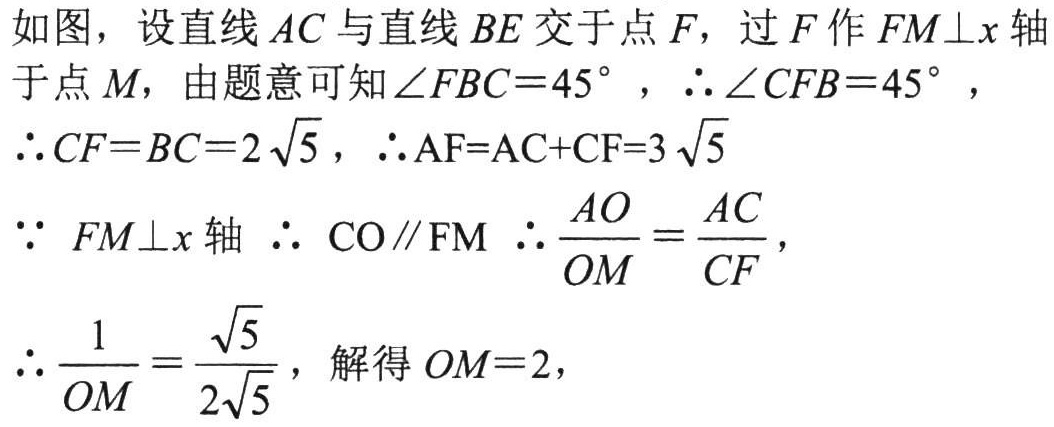
如图，设直线$AC$与直线$BE$交于点$F$，过$F$作$FM\perp x$轴于点$M$，由题意可知$\angle FBC = 45^{\circ}$，$\therefore\angle CFB = 45^{\circ}$，
$\therefore CF = BC = 2\sqrt{5}$，$\therefore AF = AC + CF = 3\sqrt{5}$
$\because\ FM\perp x$轴 $\therefore\ CO\parallel FM$ $\therefore\frac{AO}{OM}=\frac{AC}{CF}$，
$\therefore\frac{1}{OM}=\frac{\sqrt{5}}{2\sqrt{5}}$，解得$OM = 2$，